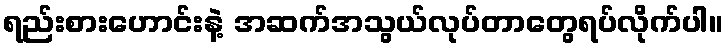
ရည်းစားဟောင်းနဲ့ အဆက်အသွယ်လုပ်တာတွေရပ်လိုက်ပါ။